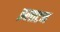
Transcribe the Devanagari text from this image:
झ्लाटन